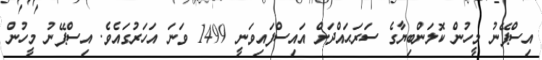
އިސްޕޭނު މީހުން ކޮލަންބިޔާގެ ސަރަޙައްދަށް އައިސްފައިވަނީ 1499 ވަނަ އަހަރުގައެވެ. އިސްޕޭނު މީހުން